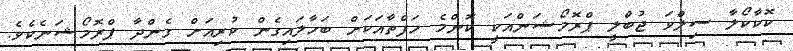
ކޮކާކޯލާ ސިލްވަ ޖުބްލީ ޕްރޮމޯޝަންއަކީ ކޮންމެ ހަފްތާއަކަށް ބަހާލައިގެން ކުރިއަށް ގެންދާ ޕްރޮމޯޝަނެކެވެ.